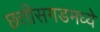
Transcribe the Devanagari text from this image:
छत्तीसगडमध्ये